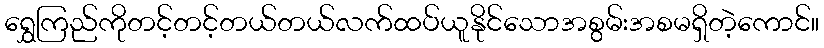
ရွှေကြည်ကိုတင့်တင့်တယ်တယ်လက်ထပ်ယူနိုင်သောအစွမ်းအစမရှိတဲ့ကောင်။